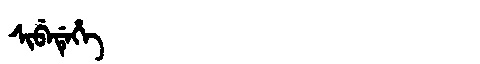
Manchu: ᠰᡳᠪᡝᡩᡝᡥᡝ
Romanization: SIBEDEHE